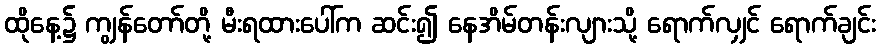
ထိုနေ့၌ ကျွန်တော်တို့ မီးရထားပေါ်က ဆင်း၍ နေအိမ်တန်းလျားသို့ ရောက်လျှင် ရောက်ချင်း